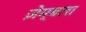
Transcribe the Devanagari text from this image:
ज़ेम्बला